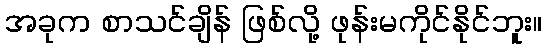
အခုက စာသင်ချိန် ဖြစ်လို့ ဖုန်းမကိုင်နိုင်ဘူး။